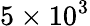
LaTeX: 5\times 10^{3}